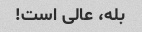
بله، عالی است!